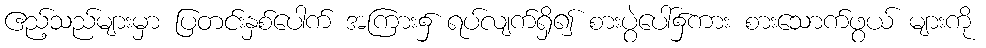
ဧည့်သည်များမှာ ပြတင်းနှစ်ပေါက် အကြား၌ ရပ်လျက်ရှိ၍ စားပွဲပေါ်၌ကား စားသောက်ဖွယ် များကို